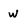
Character: w